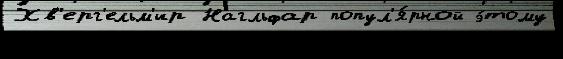
Хв'ерг'ельм'ир Нагльфар попул'я́рной э́тому